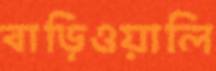
বাড়িওয়ালি